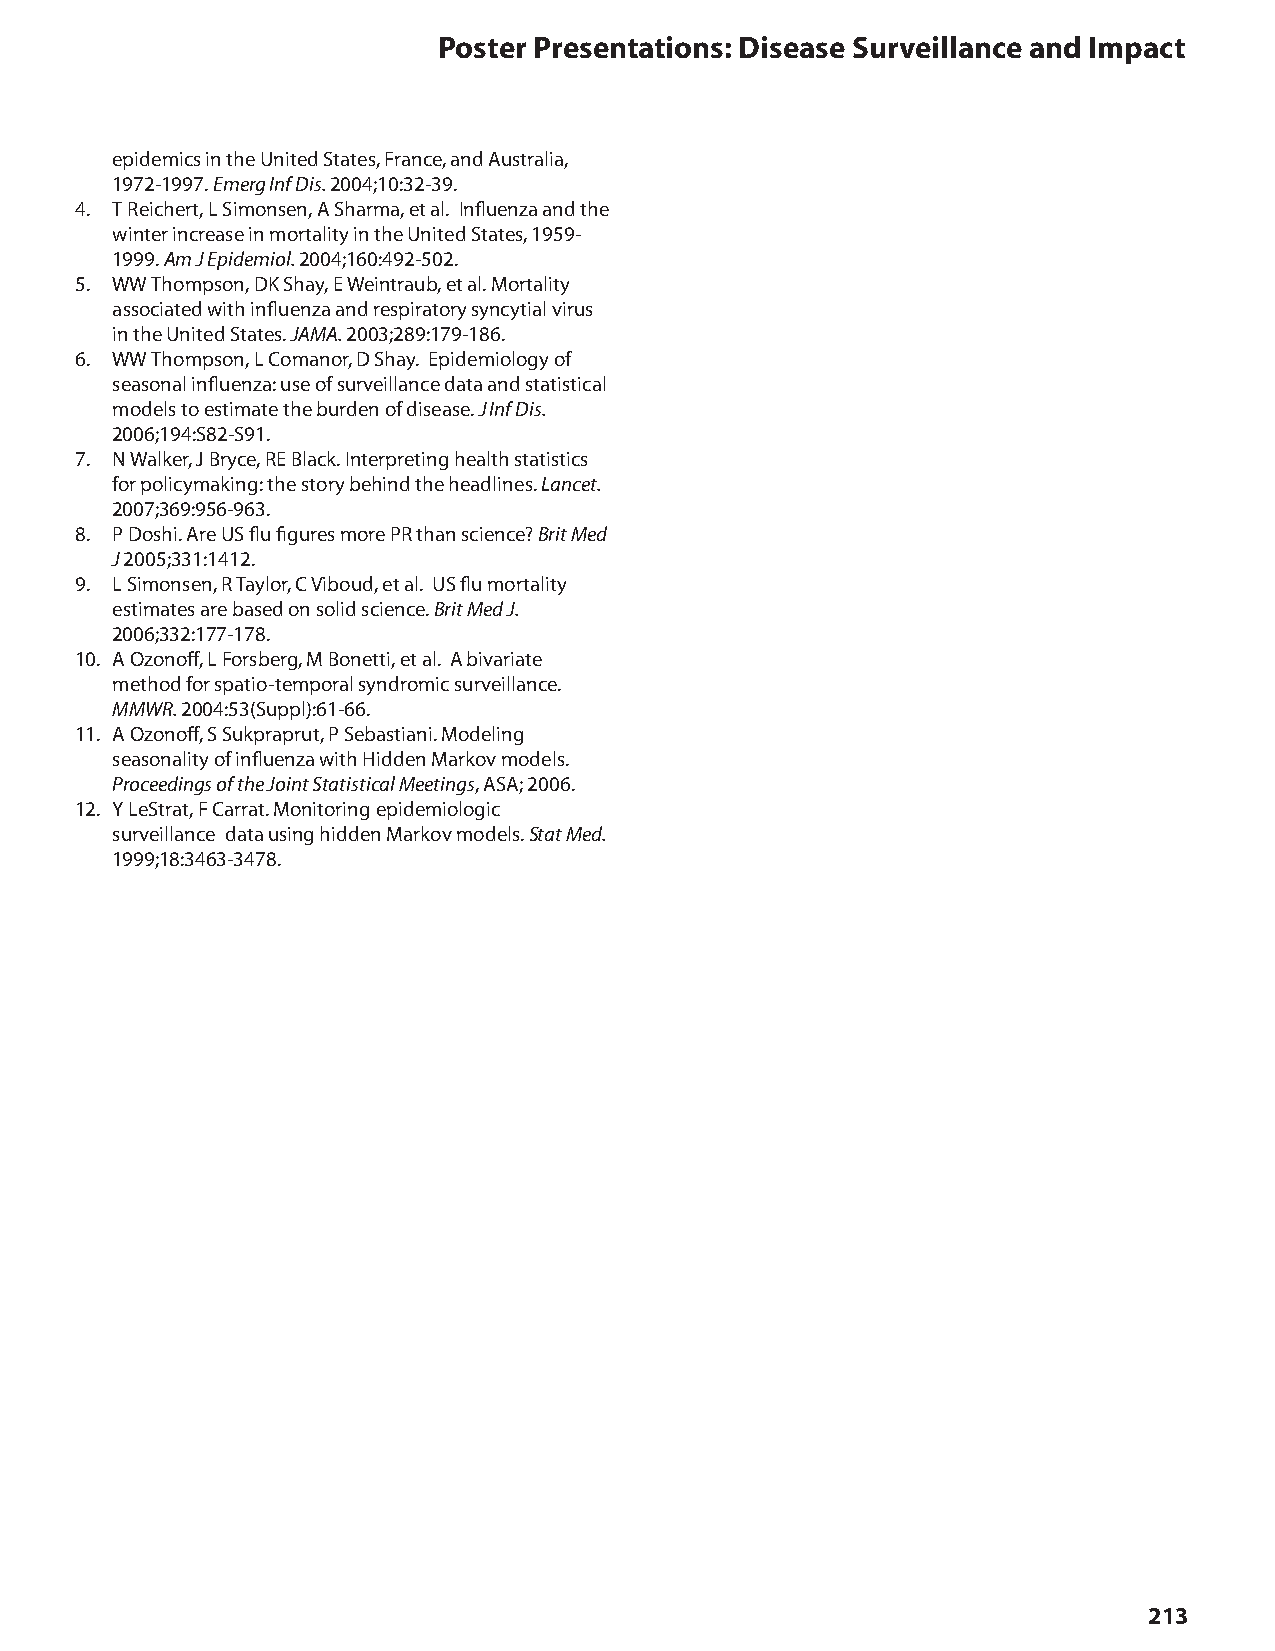
Poster Presentations: Disease Surveillance and Impact
 epidemics in the United States, France, and Australia,
 1972-1997. Emerg Inf Dis. 2004;10:32-39.
 4. T Reichert, L Simonsen, A Sharma, et al. Influenza and the
 winter increase in mortality in the United States, 1959-
 1999. Am J Epidemiol. 2004;160:492-502.
 5. WW Thompson, DK Shay, E Weintraub, et al. Mortality
 associated with influenza and respiratory syncytial virus
 in the United States. JAMA. 2003;289:179-186.
 6. WW Thompson, L Comanor, D Shay. Epidemiology of
 seasonal influenza: use of surveillance data and statistical
 models to estimate the burden of disease. J Inf Dis.
 2006;194:S82-S91.
 7. N Walker, J Bryce, RE Black. Interpreting health statistics
 for policymaking: the story behind the headlines. Lancet.
 2007;369:956-963.
 8. P Doshi. Are US flu figures more PR than science? Brit Med
 J  2005;331:1412.
 9. L Simonsen, R Taylor, C Viboud, et al. US flu mortality
 estimates are based on solid science. Brit Med J.
 2006;332:177-178.
 10. A Ozonoff, L Forsberg, M Bonetti, et al. A bivariate
 method for spatio-temporal syndromic surveillance.
 MMWR. 2004:53(Suppl):61-66.
 11. A Ozonoff, S Sukpraprut, P Sebastiani. Modeling
 seasonality of influenza with Hidden Markov models.
 Proceedings of the Joint Statistical Meetings, ASA; 2006.
 12. Y LeStrat, F Carrat. Monitoring epidemiologic
 surveillance data using hidden Markov models. Stat Med.
 1999;18:3463-3478.
 213